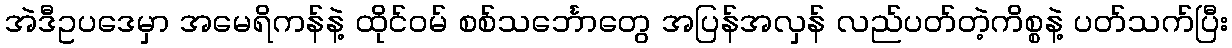
အဲဒီဥပဒေမှာ အမေရိကန်နဲ့ ထိုင်ဝမ် စစ်သင်္ဘောတွေ အပြန်အလှန် လည်ပတ်တဲ့ကိစ္စနဲ့ ပတ်သက်ပြီး